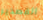
القصدير